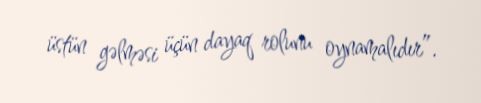
üstün gəlməsi üçün dayaq rolunu oynamalıdır”.